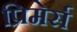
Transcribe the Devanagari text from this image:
प्रिमेर्स